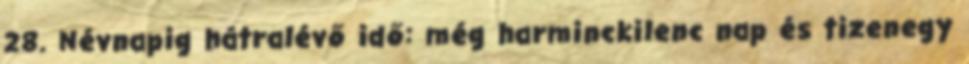
28. Névnapig hátralévő idő: még harminckilenc nap és tizenegy